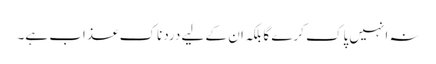
نہ انہیں پاک کرے گا بلکہ ان کے لیے دردناک عذاب ہے۔